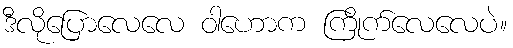
ဒီလိုပြောလေလေ ဝါဟောက ကြိုက်လေလေပဲ။